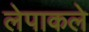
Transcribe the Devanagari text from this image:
लेपाकले